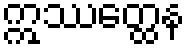
ဣဿတ္ထေန